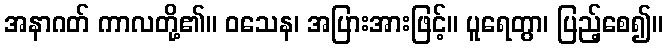
အနာဂတ် ကာလတို့၏။ ဝသေန၊ အပြားအားဖြင့်။ ပူရေတွာ၊ ပြည့်စေ၍။